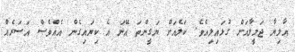
އާލިޔާ ޖަމީލާއަށް ގުޅައިލިއެވެ. ކަލެއަށް ޔަގީންތަ އޭނަ އެ ކިޔައިގެން އެއްވެސް އަސަރެއް